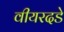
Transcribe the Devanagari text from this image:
वीयरदडे